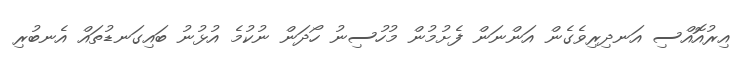
އިރުއޮއްސި އަނދިރިވެގެން އަންނަން ފެށުމުން މުހުސިނު ހޯދަން ނުކުމެ އުޅުނު ބައިގަނޑުތައް އެނބުރި